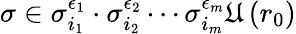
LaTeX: \sigma\in\sigma_{i_{1}}^{\epsilon_{1}}\cdot\sigma_{i_{2}}^{\epsilon_{2}}\cdots\sigma_{i_{m}}^{\epsilon_{m}}\mathfrak{U}\left(r_{0}\right)